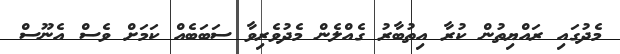
މެދުގައި ރައްޔިތުން ކުރާ އިތުބާރު ގެއްލެން މެދުވެރިވާ ސަބަބެއް ކަމަށް ވެސް އެނޫސް